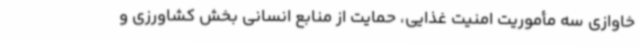
خاوازی سه مأموریت امنیت غذایی، حمایت از منابع انسانی بخش کشاورزی و